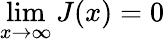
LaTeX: \operatorname*{lim}_{x\to\infty}J(x)=0